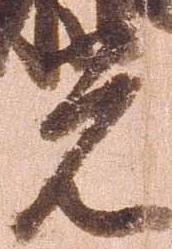
光